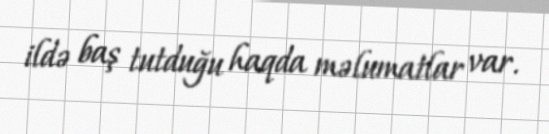
ildə baş tutduğu haqda məlumatlar var.